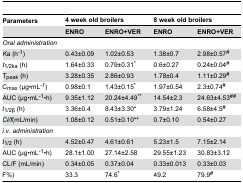
| Parameters | <COLSPAN=2> 4 week old broilers | <COLSPAN=2> 8 week old broilers |
 |  | ENRO | ENRO+VER | ENRO | ENRO+VER |
 | --- | --- | --- | --- | --- |
 | <COLSPAN=5> Oral administration |
 | Ka (h-1) | 0.43±0.09 | 1.02±0.53 | 1.38±0.7 | 2.98±0.57# |
 | t1/2ka (h) | 1.64±0.33 | 0.79±0.31* | 0.6±0.27 | 0.24±0.04# |
 | Tpeak (h) | 3.28±0.35 | 2.86±0.93 | 1.78±0.4 | 1.11±0.29# |
 | Cmax (μg•mL-1) | 0.98±0.1 | 1.43±0.15* | 1.97±0.54 | 2.3±0.74# |
 | AUC (μg•mL-1•h) | 9.35±1.12 | 20.24±4.49** | 14.54±2.3 | 24.63±4.53## |
 | t1/2β (h) | 3.36±0.4 | 8.43±3.30* | 3.79±1.24 | 6.58±4.5# |
 | Cl/f(mL/min) | 1.08±0.12 | 0.51±0.10** | 0.7±0.10 | 0.54±0.27 |
 | <COLSPAN=5> i.v. administration |
 | t1/2 (h) | 4.52±0.47 | 4.61±0.61 | 5.23±1.5 | 7.15±2.14 |
 | AUC (μg•mL-1•h) | 28.1±1.00 | 27.14±2.58 | 29.55±1.23 | 30.83±3.12 |
 | CL/F (mL/min) | 0.34±0.05 | 0.37±0.04 | 0.33±0.013 | 0.33±0.03 |
 | F(%) | 33.3 | 74.6* | 49.2 | 79.9# |